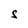
Character: S